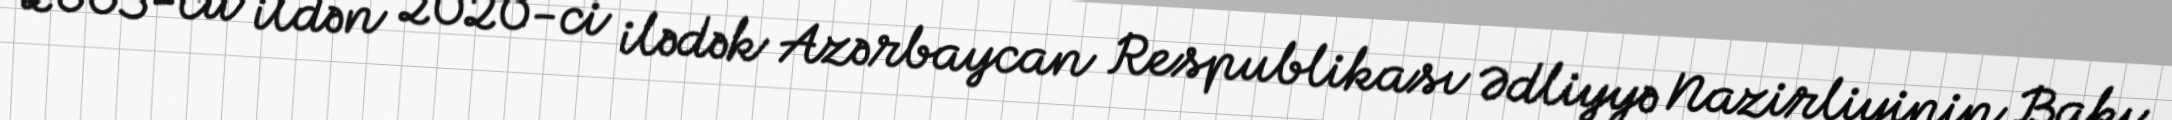
2003-cü ildən 2020-ci ilədək Azərbaycan Respublikası Ədliyyə Nazirliyinin Bakı